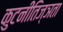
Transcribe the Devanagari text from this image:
कुटनीतिज्ञता